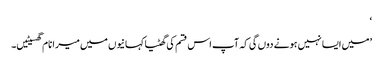
‘
’میں ایسا نہیں ہونے دوں گی کہ آپ اس قسم کی گھٹیا کہانیوں میں میرا نام گھسیٹیں۔